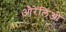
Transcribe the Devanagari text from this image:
औरेलिओ